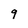
Character: 9